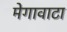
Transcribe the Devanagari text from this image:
मेगावाटा